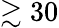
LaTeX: \gtrsim 30